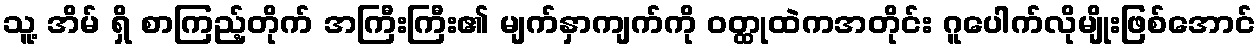
သူ့ အိမ် ရှိ စာကြည့်တိုက် အကြီးကြီး၏ မျက်နှာကျက်ကို ဝတ္ထုထဲကအတိုင်း ဂူပေါက်လိုမျိုးဖြစ်အောင်